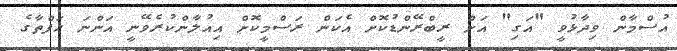
އުސްމާން ވިދާޅުވީ "އަގި" އަށް ރީބްރޭންޑުކޮށް އެކަން ރަސްމީކޮށް އިއުލާންކުރެވޭނީ އަންނަ ހަފްތާގެ